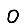
Digit: 0